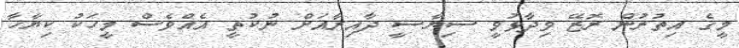
މީގެ އިތުރުން ރޮޒޭ ވިދާޅުވީ ސިޔާސީ ދާއިރާއަށް ނުކުތީ އެއްވެސް މީހަކު ކިޔާހާ